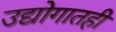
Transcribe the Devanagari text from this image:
उद्योगातही